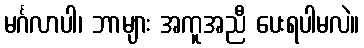
မင်္ဂလာပါ၊ ဘာများ အကူအညီ ပေးရပါမလဲ။